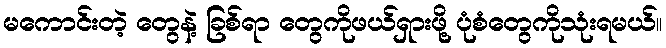
မကောင်းတဲ့ တွေနဲ့ ခြစ်ရာ တွေကိုဖယ်ရှားဖို့ ပုံစံတွေကိုသုံးရမယ်။